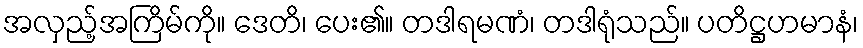
အလှည့်အကြိမ်ကို။ ဒေတိ၊ ပေး၏။ တဒါရမဏံ၊ တဒါရုံသည်။ ပတိဋ္ဌဟမာနံ၊